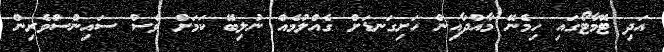
އަދި ޓޮމާޓޯގައި ހިމެނޭ މާއްދާއިން ހަށިގަނޑަށް ގެއްލުމެއް ނުލިބޭ ކަމަށް ވެސް ސައިންސްވެރިން